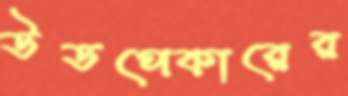
উডপেকারের